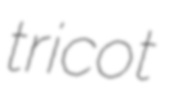
tricot